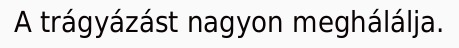
A trágyázást nagyon meghálálja.